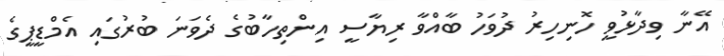
އޭނާ ވިދާޅުވީ ހޮނިހިރު ދުވަހު ބާއްވާ ރިޔާސީ އިންތިހާބުގެ ދެވަނަ ބުރުގައި އެމްޑީޕީގެ